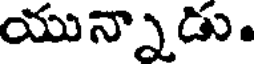
యున్నాడు.